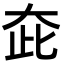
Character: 𡗼